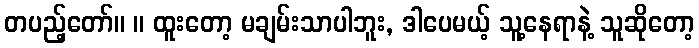
တပည့်တော်။ ။ ထူးတော့ မချမ်းသာပါဘူး, ဒါပေမယ့် သူ့နေရာနဲ့ သူဆိုတော့